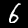
Label: 6